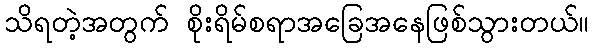
သိရတဲ့အတွက် စိုးရိမ်စရာအခြေအနေဖြစ်သွားတယ်။